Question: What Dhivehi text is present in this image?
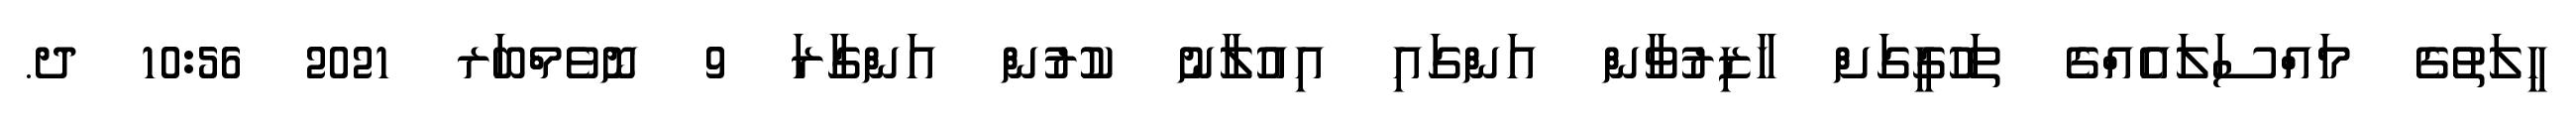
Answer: ހީލަތުގެ މައްސަލައެއްގެ ތަހުގީގަށް ހާޒިރުވާން އަންގައި އިއުލާނު ކުރުން އަންގާރަ 9 ނޮވެމްބަރ 2021 10:56 ދ.